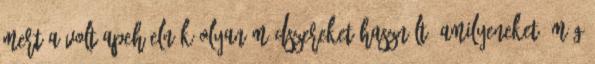
mert a volt apeh-elnök olyan módszereket használt, amilyeneket, még